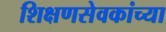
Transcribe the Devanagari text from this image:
शिक्षणसेवकांच्या